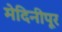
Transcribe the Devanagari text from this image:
मेदिनीपूर